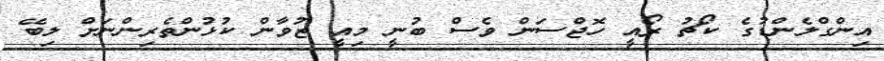
އިންގްލެންޑުގެ ކޯޗު ރޯއީ ހޮޖްސަން ވެސް ބުނީ މިއީ ޒުވާން ކުޅުންތެރިންނަށް ލިބޭ